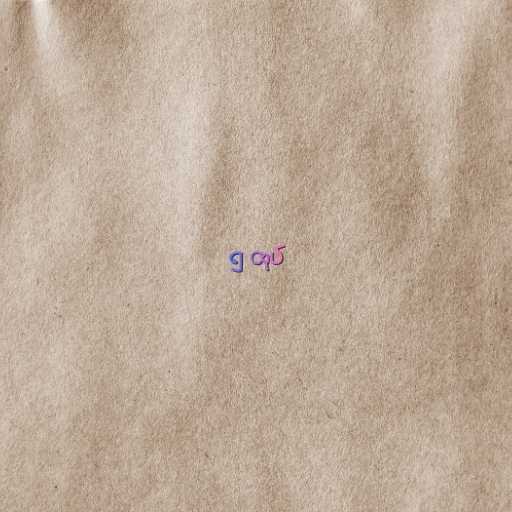
၅ ထုပ်